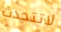
لاتتحدث